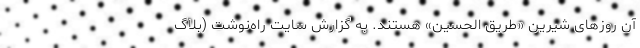
آن روزهای شیرین «طریق الحسین» هستند. به گزارش سایت راه‌نوشت (بلاگ